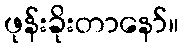
ဖုန်းခိုးတာနော်။